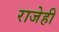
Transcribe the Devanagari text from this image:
राजेही